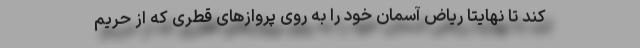
کند تا نهایتاََ ریاض آسمان خود را به روی پروازهای قطری که از حریم